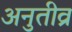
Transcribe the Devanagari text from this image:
अनुतीव्र